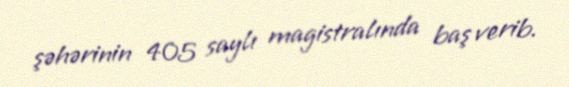
şəhərinin 405 saylı magistralında baş verib.